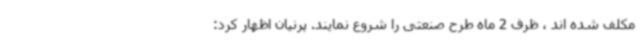
مکلف شده اند ، ظرف 2 ماه طرح صنعتی را شروع نمایند. پرنیان اظهار کرد: